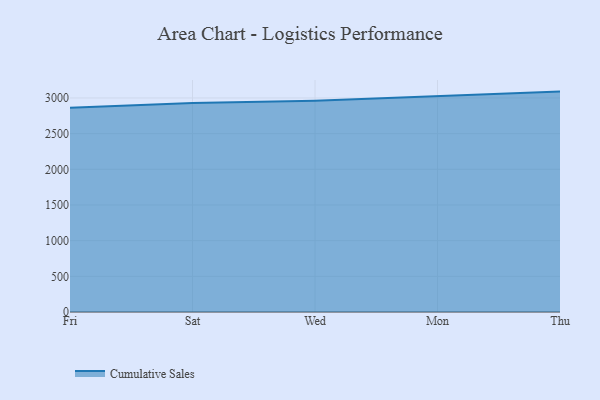
{"axis": {"x": "Day", "y": "Budget (USD K)"}, "legend": ["Cumulative Sales"], "data": [{"x": "Fri", "y": 2862.8, "type": "Cumulative Sales"}, {"x": "Sat", "y": 2930.1, "type": "Cumulative Sales"}, {"x": "Wed", "y": 2962.7, "type": "Cumulative Sales"}, {"x": "Mon", "y": 3021.6, "type": "Cumulative Sales"}, {"x": "Thu", "y": 3089.2, "type": "Cumulative Sales"}]}